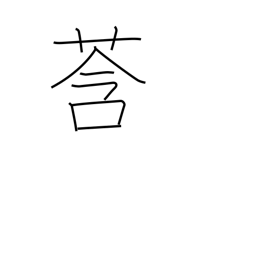
Meaning: bud (plant)